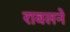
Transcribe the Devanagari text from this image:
रावलने